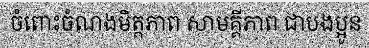
ចំពោះចំណងមិត្តភាព សាមគ្គីភាព ជាបងប្អូន